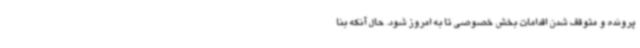
پرونده و متوقف شدن اقدامات بخش خصوصی تا به امروز شود. حال آنکه بنا